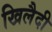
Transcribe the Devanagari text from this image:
खिलैदी